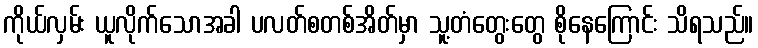
ကိုယ်လှမ်း ယူလိုက်သောအခါ ပလတ်စတစ်အိတ်မှာ သူ့တံတွေးတွေ စိုနေကြောင်း သိရသည်။